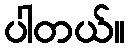
ပါတယ်။